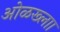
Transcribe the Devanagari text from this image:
ओळख्लाा